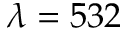
\lambda = 5 3 2